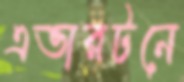
এভারটনে